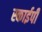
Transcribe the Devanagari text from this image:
स्काईपी